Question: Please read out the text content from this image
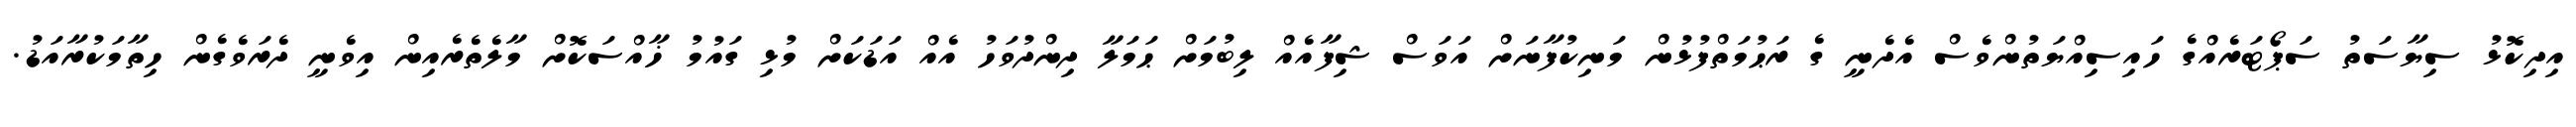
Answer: އިދިކޮޅު ސިޔާސަތު ސަޕޯޓަރެއްގެ ހައިސިއްޔަތުންވެސް އެދެނީ ގެ ރަޙުމަތްފުޅުން މަނިކުފާނަށް އަވަސް ޝިފާއެއް ލިބުމަށް ޙަމަލާ ދިންދުވަހު އެއް އަޑަކަށް މުޅި ގައުމު ޚާއްސަކޮށް މާލެތެރެއިން އިވެނީ ދެރަވެގެން ހިތާމަކުރާއަޑު.